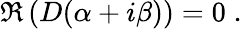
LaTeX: \begin{array}{r}{\Re\left(D(\alpha+i\beta)\right)=0\; .}\end{array}